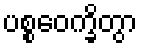
ပစ္စဝေက္ခိတွာ